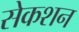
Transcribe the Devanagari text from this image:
सेकशन